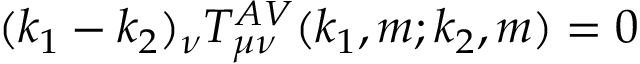
( k _ { 1 } - k _ { 2 } ) _ { \nu } T _ { \mu \nu } ^ { A V } ( k _ { 1 } , m ; k _ { 2 } , m ) = 0